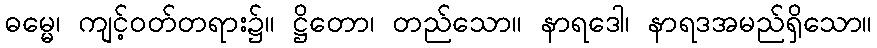
ဓမ္မေ၊ ကျင့်ဝတ်တရား၌။ ဋ္ဌိတော၊ တည်သော။ နာရဒေါ၊ နာရဒအမည်ရှိသော။